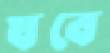
যবে